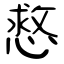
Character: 慦